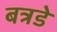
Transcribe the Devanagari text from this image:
बत्रडे